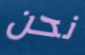
نحن